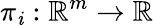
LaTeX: \pi_{\mathit{i}}:\mathbb{{R}}^{m}\to\mathbb{{R}}